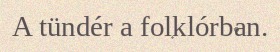
A tündér a folklórban.